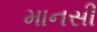
માનસી